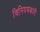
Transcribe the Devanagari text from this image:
विनियमकारी